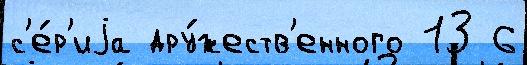
с'е́р'иjа дру́жеств'енного 13 6